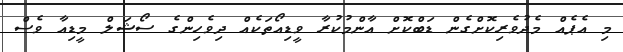
މި އެޕެއް މެދުވެރިކޮށްގެން ޑަބްކޮށް އާންމުކުރާ ވީޑިއޯތަކެއް ދިވެހިންގެ ސޯޝަލް މީޑިއާ ވެސް